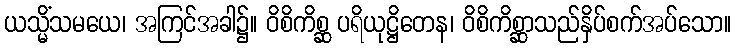
ယသ္မိံသမယေ၊ အကြင်အခါ၌။ ဝိစိကိစ္ဆ ပရိယုဋ္ဌိတေန၊ ဝိစိကိစ္ဆာသည်နှိပ်စက်အပ်သော။